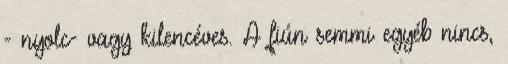
- nyolc- vagy kilencéves. A fiún semmi egyéb nincs,